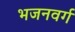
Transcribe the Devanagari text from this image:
भजनवर्ग